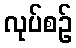
လုပ်စဉ်